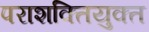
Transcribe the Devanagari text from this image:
पराशक्तियुक्त